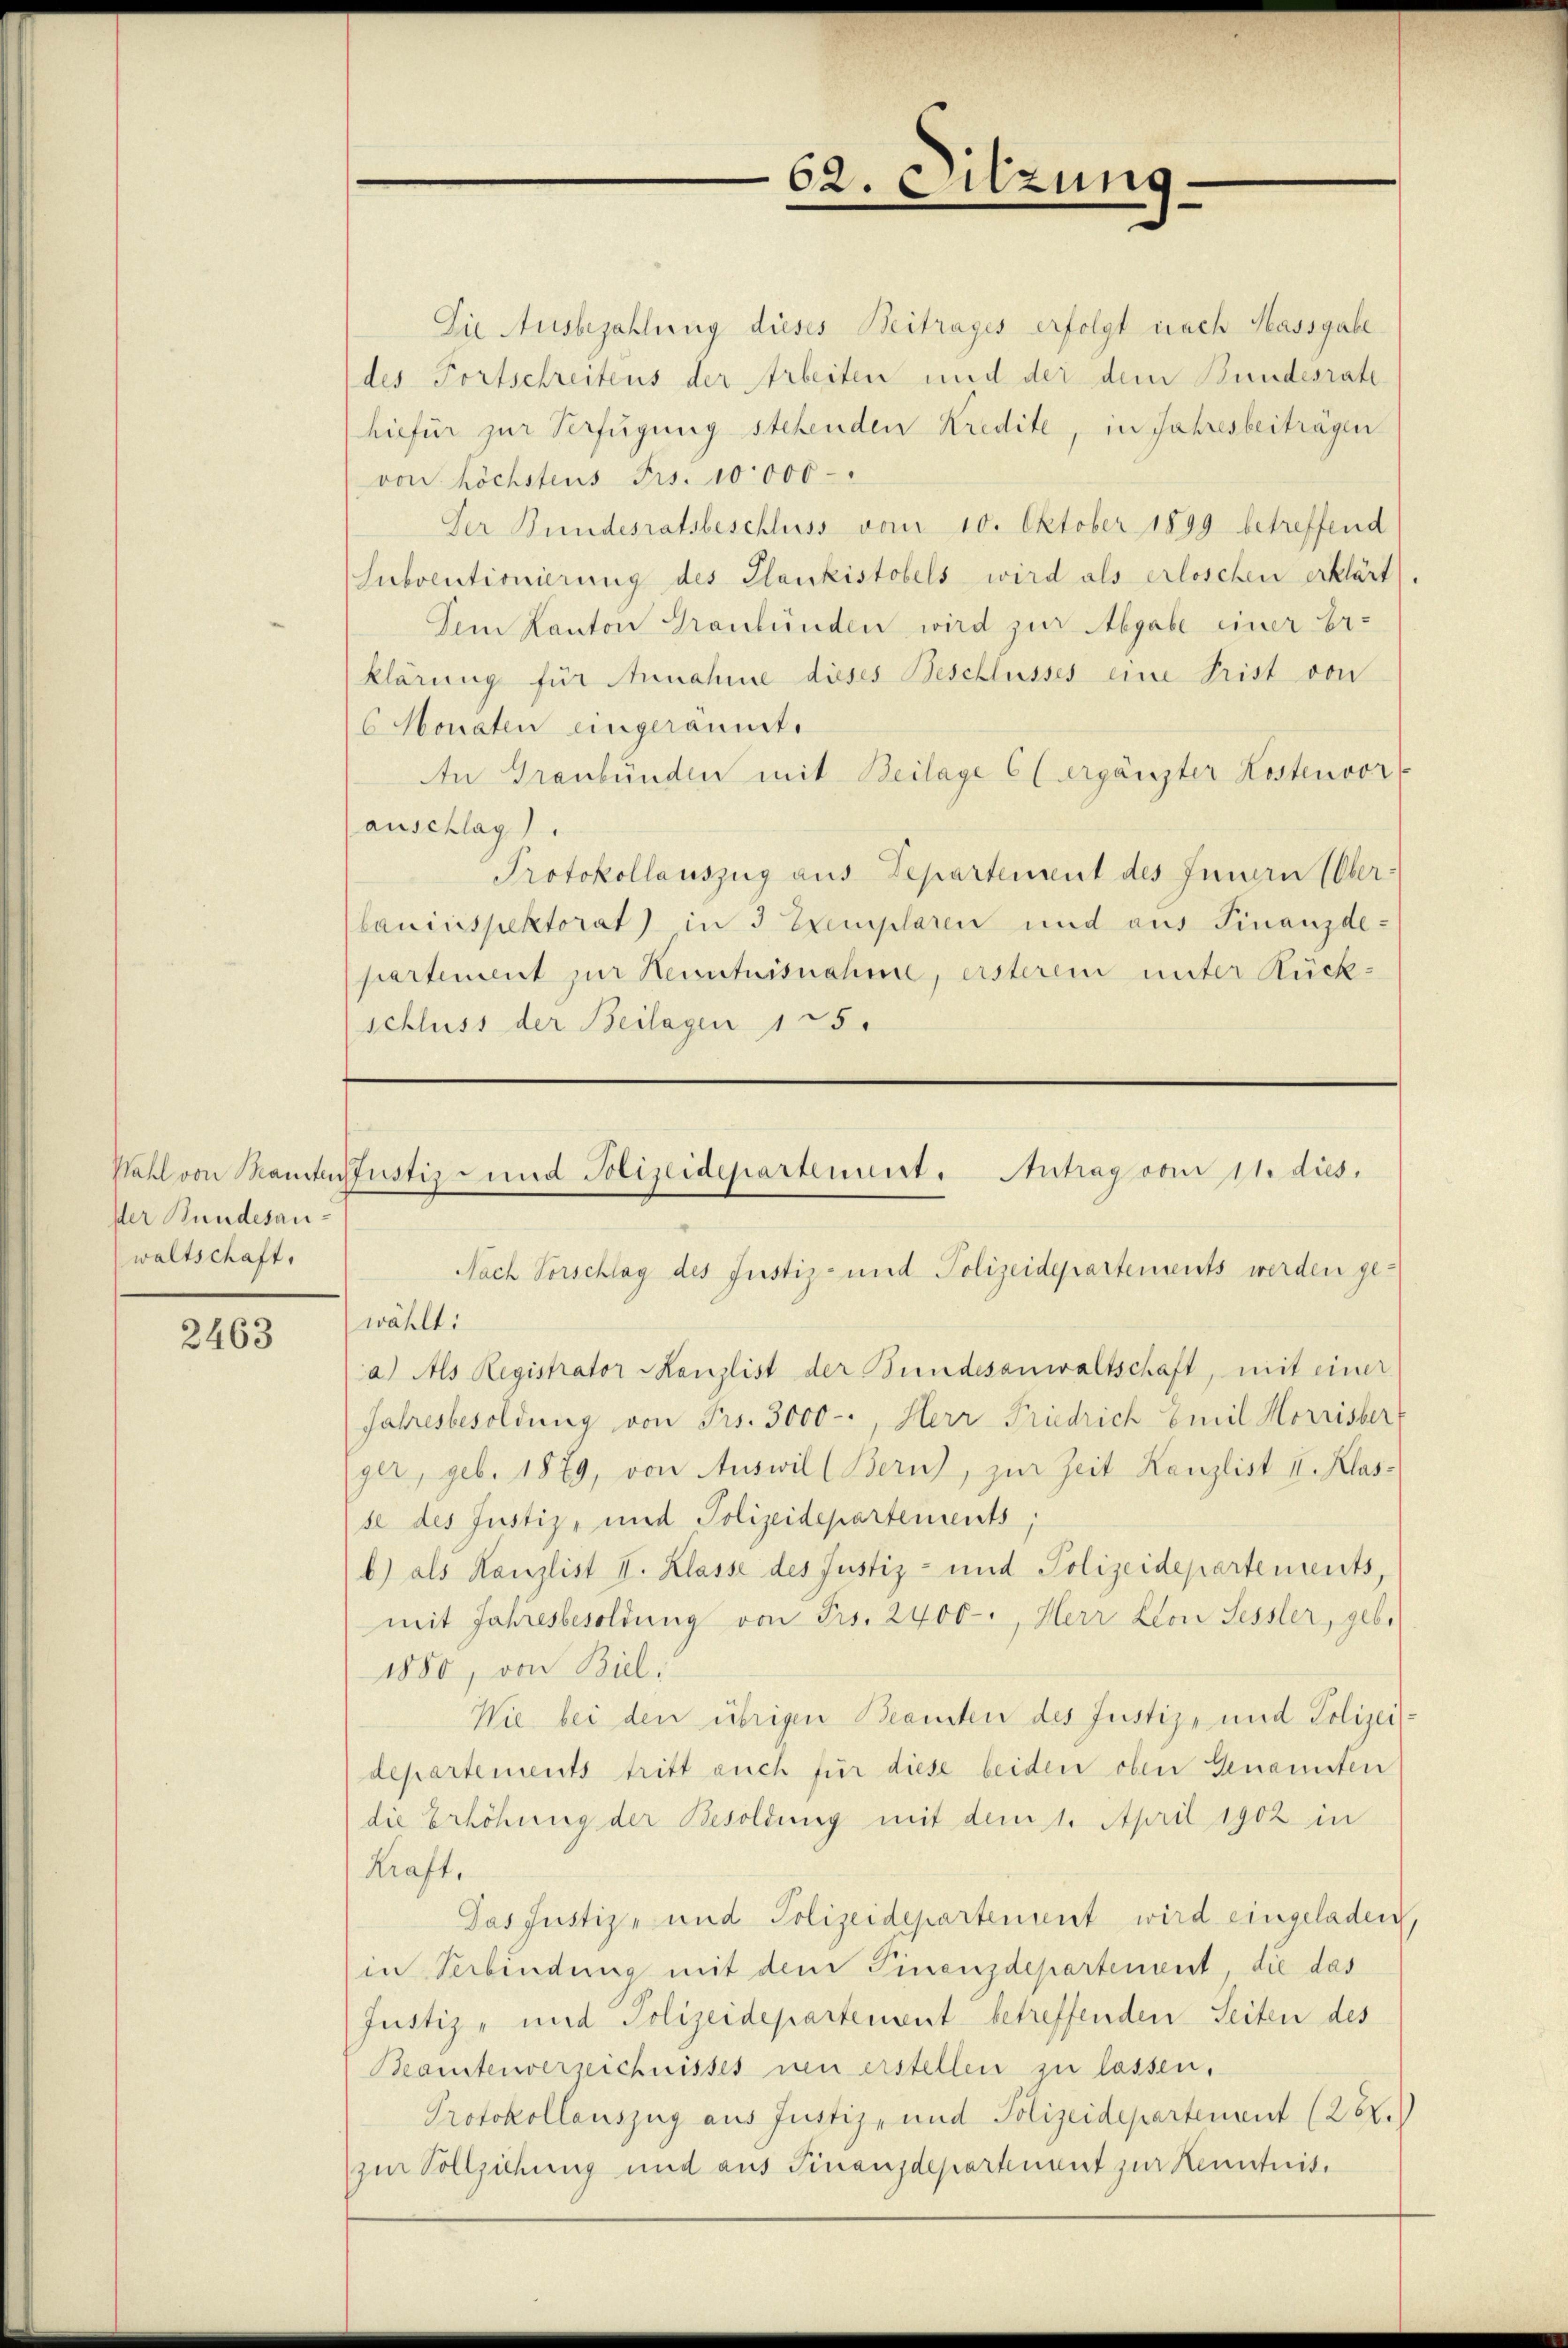
ster Bundesanwaltschaft,

2463

62.

Sitzun

Die Ausbezahlung dieses Beitrages erfolgt nach Massgabe
des Fortschreitens der Arbeiten und der dem Bundesrate
hiefür zur Verfügung stehenden Kredite, in Jahresbeiträgen
von höchstens Frs. 10000-
Der Bundesratsbeschluss vom 10. Oktober 1899 betreffend
Subventionierung des Plankistobels wird als erloschen erklärt
Dem Kanton Graubünden wird zur Abgabe einer Er-
klärung für Annahme dieses Beschlusses eine Prist von
6 Monaten eingeräumt.
An Graubünden mit Beilage (ergänzter Kostenvor
anschlag.
Protokollauszug aus Departement des Innern (Ober-
bauinspektorat in 3 Exemplaren und aus Finanzdepartement zur Kenntnisnahme, ersteren unter Rück-
schluss der Beilagen 125.

Wahl von Mante fustiz- und Polizeidepartenuert. Antrag von 11. dies.

Nach Vorschlag des Justiz- und Polizeidepartements werden gewählt:
a) Als Registrator Kanzlist der Bundesanwaltschaft, mit einer
Jahresbesoldung von Frs. 3000-, Herr Friedrich Emil Horrissert
ger, geb. 1879, von Auswil (Bern), zur Zeit Kanzlist II. Klas-
se des Justiz- und Polizeidepartements,
b) als Kanzlist II. Klasse des Justiz- und Polizeidepartements,
mit Jahresbesoldung von Frs. 2400-, Herr Lion Sessler, gebr
1880, von Biel
Wie bei den übrigen Beamten des Justiz- und Polizei:
departements tritt auch für diese beiden oben Genansten
) die Erhöhung der Besoldung mit dem 1. April 1902 in
Kraft.
Das Justiz- und Polizeidepartement wird eingeladen
in Verbindung mit dem Finanzdepartement, die das
Justiz- und Polizeidepartement betreffenden Seiten des
Beamtenverzeichnisses neu erstellen zu lassen.
Protokollauszug aus Justiz- und Polizeidepartenant (28.)
zur Vollziehung und aus Finanzdepartement zur Kenntnis.